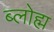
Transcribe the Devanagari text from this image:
ब्लोह्म